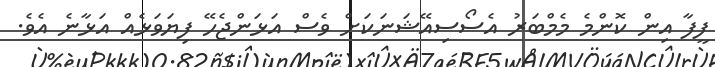
ފީފާ އިން ކޮންމެ މެމްބަރު އެސޯސިއޭޝަނަކަށް ވެސް އަޅަންޖެހޭ ފިޔަވަޅެއް އަޅާނެ އެވެ.